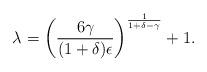
LaTeX: \begin{align*}\lambda=\left(\frac{6\gamma}{(1+\delta)\epsilon}\right)^{\frac{1}{1+\delta-\gamma}}+1.\end{align*}